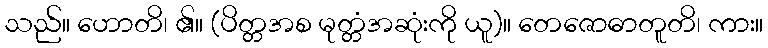
သည်။ ဟောတိ၊ ၏။ (ပိတ္တအစ မုတ္တံအဆုံးကို ယူ)။ တေဇောဓာတူတိ၊ ကား။